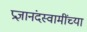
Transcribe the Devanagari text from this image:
प्रज्ञानंदस्वामींच्या